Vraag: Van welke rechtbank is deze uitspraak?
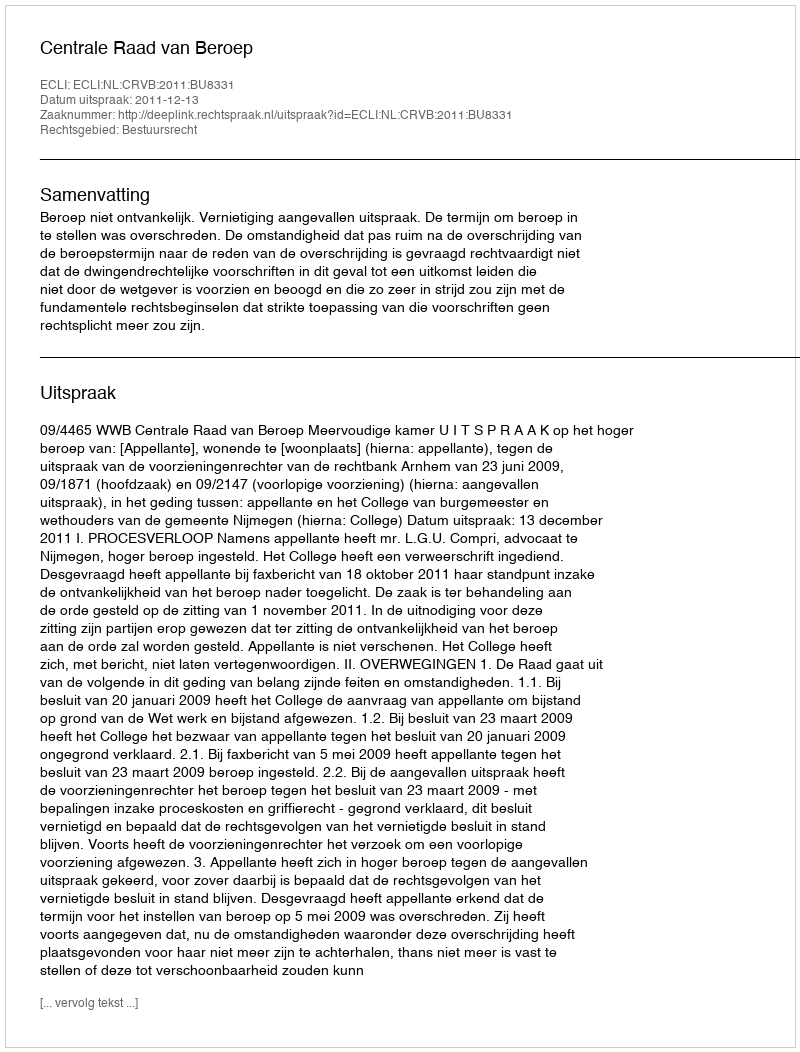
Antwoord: Centrale Raad van Beroep